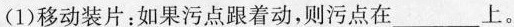
(1)移动装片：如果污点跟着动，则污点在___上。